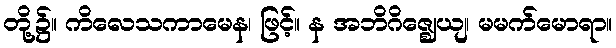
တို့၌။ ကိလေသကာမေန၊ ဖြင့်။ န အဘိဂိဇ္ဈေယျ၊ မမက်မောရာ။